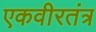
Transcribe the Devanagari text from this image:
एकवीरतंत्र